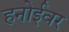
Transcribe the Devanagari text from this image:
हनोईवर